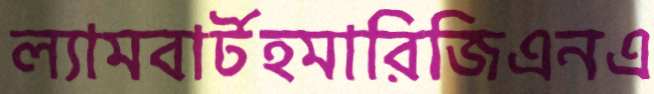
ল্যামবার্টহমারিজিএনএ